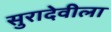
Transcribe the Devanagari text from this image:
सुरादेवीला